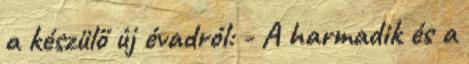
a készülő új évadról: - A harmadik és a